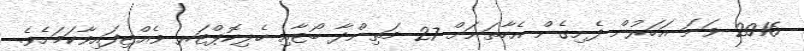
2016 ވަނަ އަހަރުން ފެށިގެން އެހާތަނަށް 27 މަތިންދާ ބޯޓާއި ހެލިކޮޕްޓަރ ވެއްޓިފައިވާކަމަށެވެ.